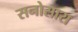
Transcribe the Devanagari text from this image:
सनोसारा